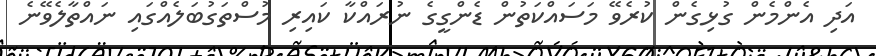
އަދި އެންމެން ގުޅިގެން ކުރެވޭ މަސައްކަތުން ޑެންގީގެ ނުރައްކާ ކައިރި މުސްތަގުބަލެއްގައި ނައްތާލެވޭނެ